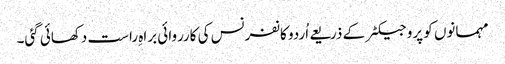
مہمانوں کو پروجیکٹر کے ذریعے اُردو کانفرنس کی کارروائی براہِ راست دکھائی گئی۔